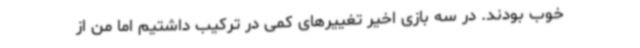
خوب بودند. در سه بازی اخیر تغییرهای کمی در ترکیب داشتیم اما من از